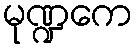
မုဏ္ဍကေ